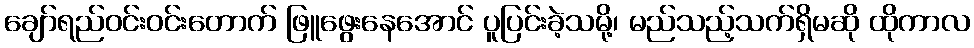
ချော်ရည်ဝင်းဝင်းတောက် ဖြူဖွေးနေအောင် ပူပြင်းခဲ့သမို့၊ မည်သည့်သက်ရှိမဆို ထိုကာလ